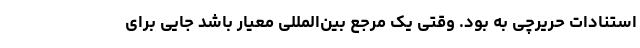
استنادات حریرچی به بود. وقتی یک مرجع بین‌المللی معیار باشد جایی برای